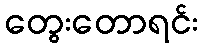
တွေးတောရင်း